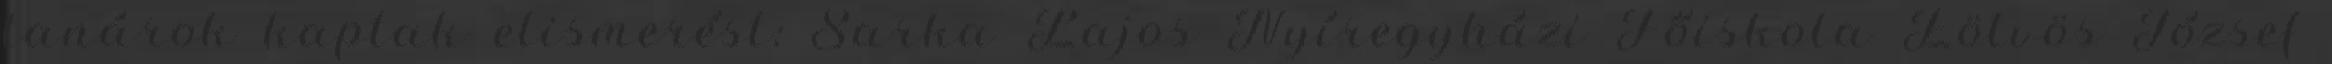
tanárok kaptak elismerést: Sarka Lajos Nyíregyházi Főiskola Eötvös József